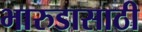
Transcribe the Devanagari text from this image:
भारुडासाठी